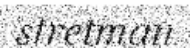
stretman